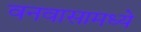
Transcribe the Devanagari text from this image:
वनवासामध्ये